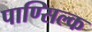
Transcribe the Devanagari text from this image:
पाण्सिल्क